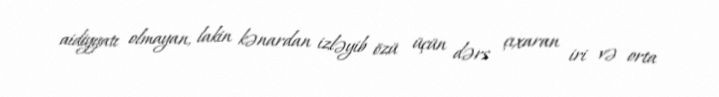
aidiyyatı olmayan, lakin kənardan izləyib özü üçün dərs çıxaran iri və orta